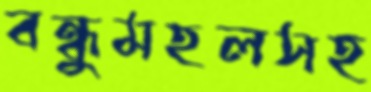
বন্ধুমহলসহ